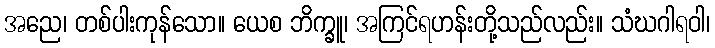
အညေ၊ တစ်ပါးကုန်သော။ ယေစ ဘိက္ခူ၊ အကြင်ရဟန်းတို့သည်လည်း။ သံဃဂါရဝါ၊